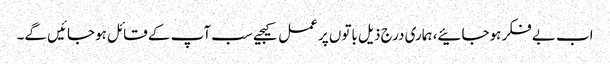
اب بے فکر ہوجائیے، ہماری درج ذیل باتوں پر عمل کیجیے سب آپ کے قائل ہوجائیں گے۔